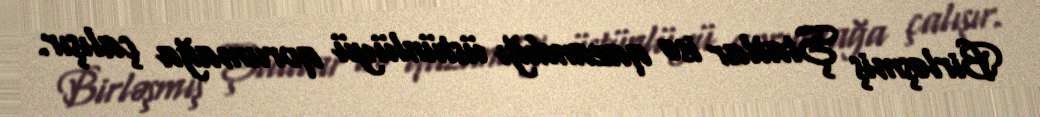
Birləşmiş Ştatlar isə qazandığı üstünlüyü qorumağa çalışır.